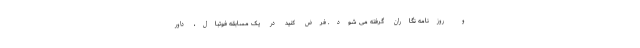
و روزنامه نگاران گرفته می شود. فرض کنید در یک مسابقه فوتبال، داور